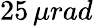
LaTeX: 25\, \mu rad